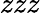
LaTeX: zzz